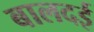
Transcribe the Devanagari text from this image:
बालदई